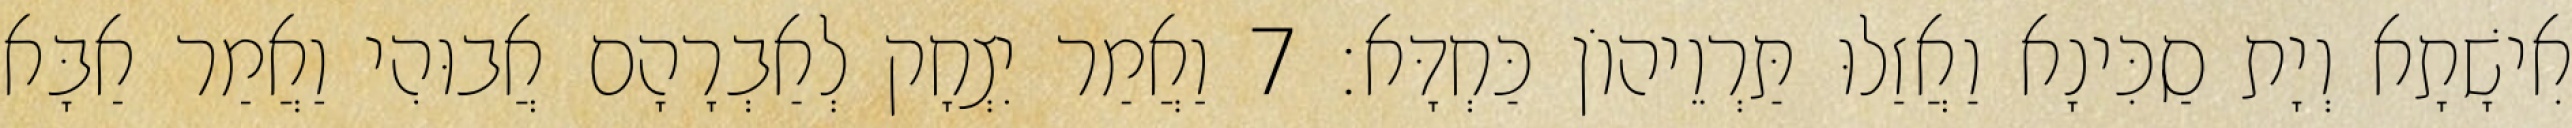
אִישָׁתָא וְיָת סַכִּינָא וַאֲזַלוּ תַּרְוֵיהוֹן כַּחְדָּא׃ 7 וַאֲמַר יִצְחָק לְאַבְרָהָם אֲבוּהִי וַאֲמַר אַבָּא